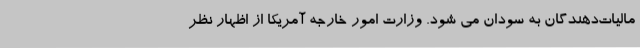
مالیات‌دهندگان به سودان می شود. وزارت امور خارجه آمریکا از اظهار نظر